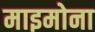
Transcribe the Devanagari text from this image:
माइमोना